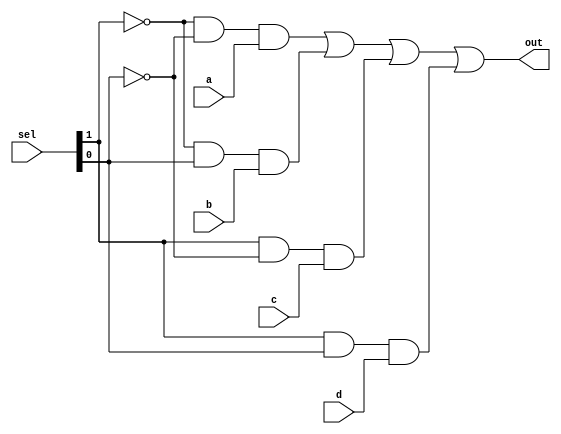
module mux_4to1_1bit(a, b, c, d, sel, out);
	
	input a, b, c, d;
	input [1:0] sel;
	output out;
	
	assign out = (~sel[1] & ~sel[0] & a) | (~sel[1] & sel[0] & b) | (sel[1] & ~sel[0] & c) | (sel[1] & sel[0] & d);

endmodule